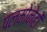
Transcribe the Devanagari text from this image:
पलमोनेटों